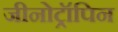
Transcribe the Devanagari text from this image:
जीनोट्रॉपिन